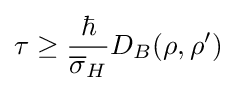
\tau \geq {\frac {\hbar }{{\overline {\sigma }}_{H}}}D_{B}(\rho ,\rho ')